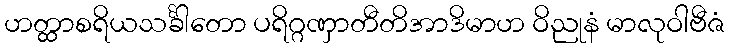
ဟတ္ထာစရိယသင်္ခါတော ပရိဂ္ဂဏှာတီတိအာဒိမာဟ ဝိညုနံ မာလုဝါဗီဇံ